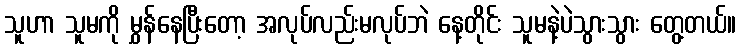
သူဟာ သူမကို မွှန်နေပြီးတော့ အလုပ်လည်းမလုပ်ဘဲ နေ့တိုင်း သူမနဲ့ပဲသွားသွား တွေ့တယ်။